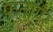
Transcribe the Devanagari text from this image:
फतापुर